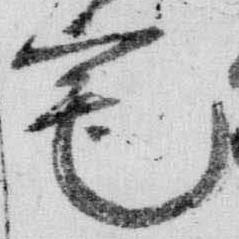
宅